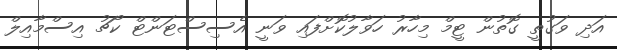
އަދި ވަގުތީ ގޮތުން ޓީމް މިހާރު ހަވާލުކޮށްފައި ވަނީ އެސިސްޓަންޓް ކޯޗު އިސްމާއިލް